Vaccination Hyderabad 1890-1903 - 1890-1903
Year: 1890
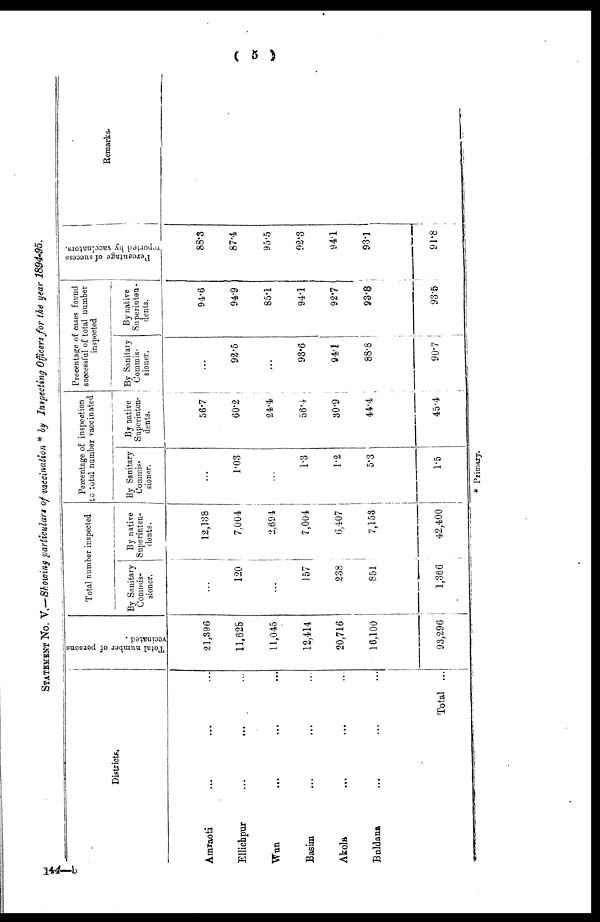
( 5 )
STATEMENT No. V.—Showing particulars of vaccination * by Inspecting Officers for the year 1894-95.
Districts.
Amraoti ... ... ...
Ellichpur ... ... ...
Wun ... ... ...
Basim ... ... ...
Akola ... ... ...
Buldana ... ... ...
Total ...
Total number of persons
vccinated.
21,396
11,625
11,045
12,414
20,716
16,100
93,296
Total number inspected
By Sanitary
Commis-
sioner.
...
120
...
157
238
851
1,866
By native
Superinten-
dents.
12,138
7,004
2,694
7,004
6,407
7,153
42,400
Percentage of inspection
to total number vaccinated
By Sanitary
Commis-
sioner.
...
1.03
...
1.3
1.2
5.3
1.5
By native
Superinten-
dents.
56.7
60.2
24.4
56.4
30.9
44.4
45.4
Precentage of cases found
successful of total number
inspected
By Sanitary
Commis¬
sioner.
...
92.5
...
93.6
94.1
88.8
90.7
By native
Superinten-
dents.
94.6
94.9
85.1
94.1
92.7
93.8
93.5
Percentage of success
reported by vaccinators.
88.3
87.4
95.5
92.3
94.1
93.1
91.8
Remarks.
* Primary.
144—b